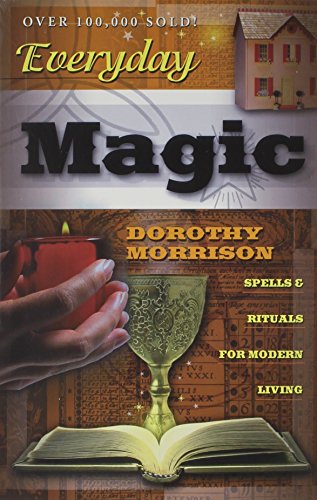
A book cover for Everyday Magic: Spells & Rituals for Modern Living (Everyday Series); Dorothy Morrison; Reference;